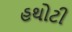
હથોટી